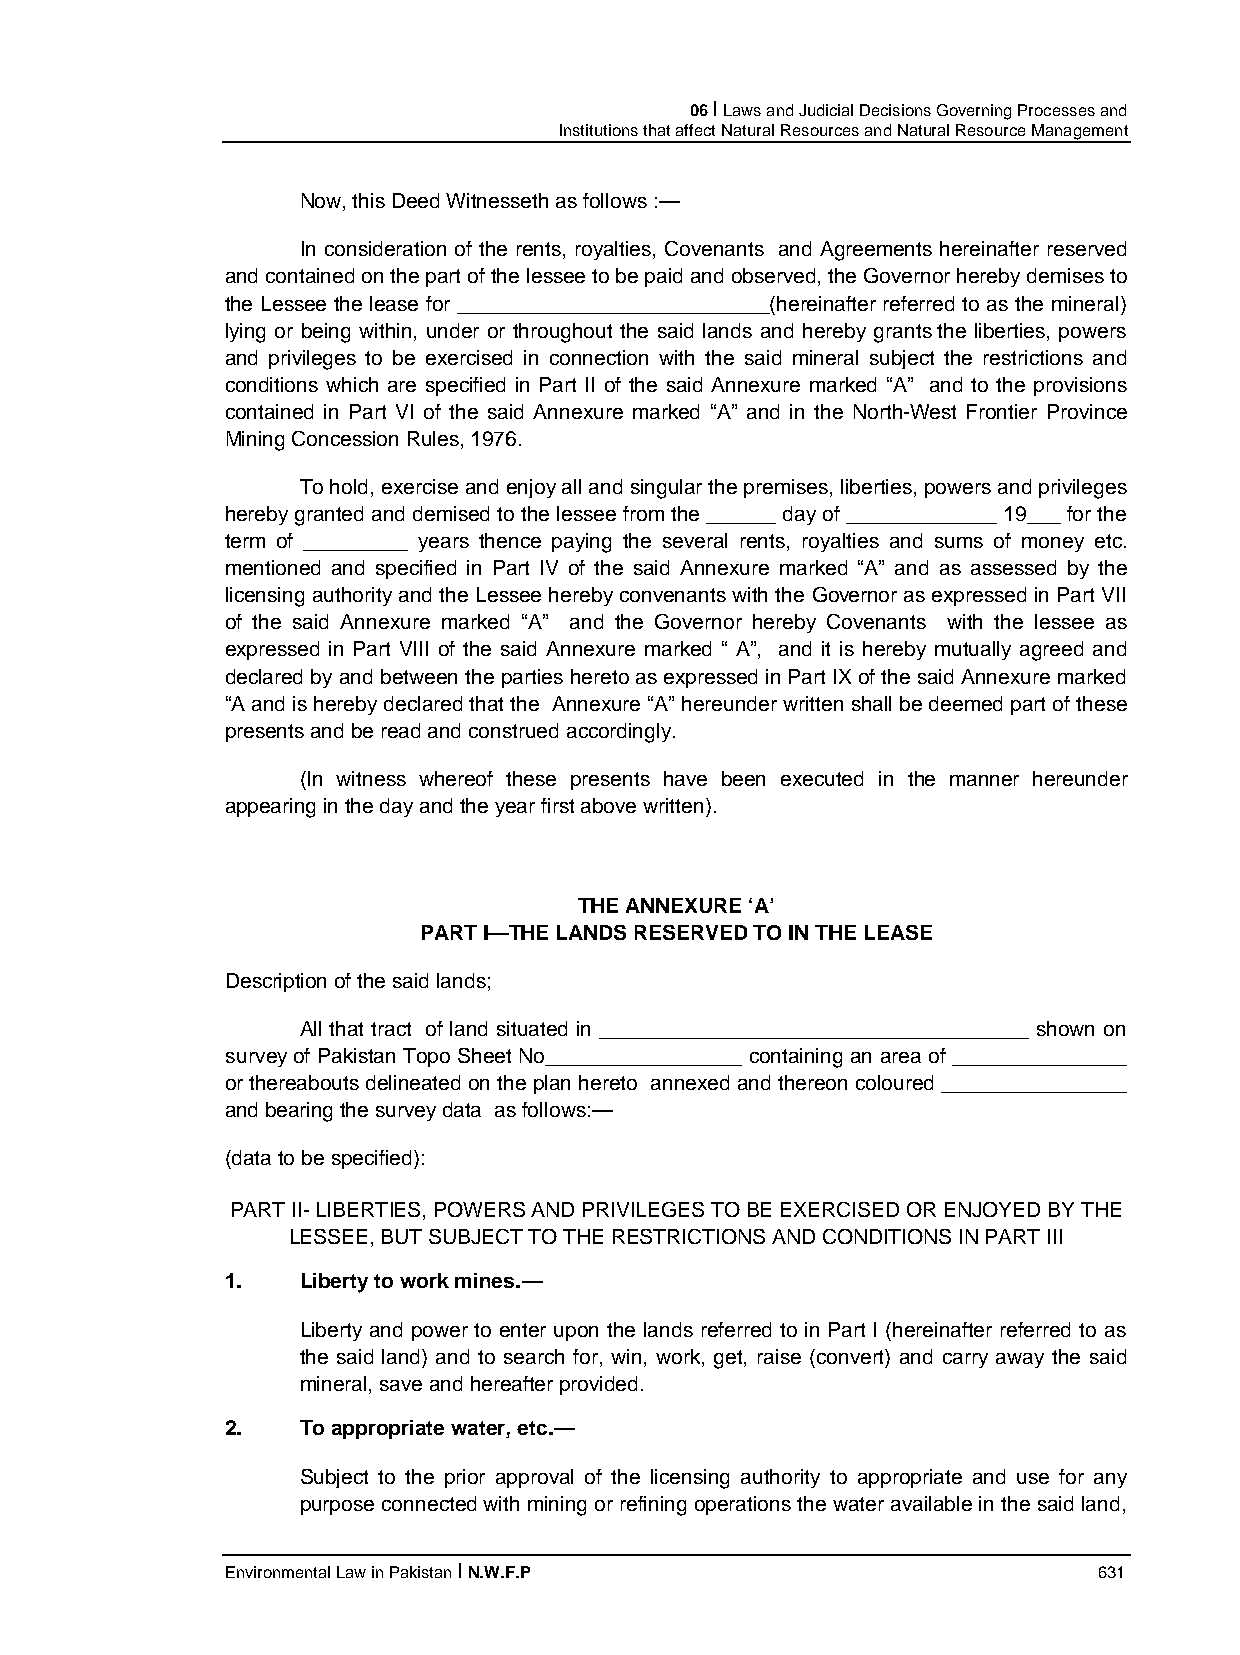
06 I Laws and Judicial Decisions Governing Processes and
 Institutions that affect Natural Resources and Natural Resource Management
 Now, this Deed Witnesseth as follows :—
 In consideration of the rents, royalties, Covenants and Agreements hereinafter reserved
 and contained on the part of the lessee to be paid and observed, the Governor hereby demises to
 the Lessee the lease for ___________________________(hereinafter referred to as the mineral)
 lying or being within, under or throughout the said lands and hereby grants the liberties, powers
 and privileges to be exercised in connection with the said mineral subject the restrictions and
 conditions which are specified in Part II of the said Annexure marked “A” and to the provisions
 contained in Part VI of the said Annexure marked “A” and in the North-West Frontier Province
 Mining Concession Rules, 1976.
 To hold, exercise and enjoy all and singular the premises, liberties, powers and privileges
 hereby granted and demised to the lessee from the ______ day of _____________ 19___ for the
 term of _________ years thence paying the several rents, royalties and sums of money etc.
 mentioned and specified in Part IV of the said Annexure marked “A” and as assessed by the
 licensing authority and the Lessee hereby convenants with the Governor as expressed in Part VII
 of the said Annexure marked “A” and the Governor hereby Covenants with the lessee as
 expressed in Part VIII of the said Annexure marked “ A”, and it is hereby mutually agreed and
 declared by and between the parties hereto as expressed in Part IX of the said Annexure marked
 “A and is hereby declared that the Annexure “A” hereunder written shall be deemed part of these
 presents and be read and construed accordingly.
 (In witness whereof these presents have been executed in the manner hereunder
 appearing in the day and the year first above written).
 THE ANNEXURE ‘A’
 PART I—THE LANDS RESERVED TO IN THE LEASE
 Description of the said lands;
 All that tract of land situated in _____________________________________ shown on
 survey of Pakistan Topo Sheet No_________________ containing an area of _______________
 or thereabouts delineated on the plan hereto annexed and thereon coloured ________________
 and bearing the survey data as follows:—
 (data to be specified):
 PART II- LIBERTIES, POWERS AND PRIVILEGES TO BE EXERCISED OR ENJOYED BY THE
 LESSEE, BUT SUBJECT TO THE RESTRICTIONS AND CONDITIONS IN PART III
 1.   Liberty to work mines.—
 Liberty and power to enter upon the lands referred to in Part I (hereinafter referred to as
 the said land) and to search for, win, work, get, raise (convert) and carry away the said
 mineral, save and hereafter provided.
 2.   To appropriate water, etc.—
 Subject to the prior approval of the licensing authority to appropriate and use for any
 purpose connected with mining or refining operations the water available in the said land,
 Environmental Law in Pakistan I N.W.F.P                   631